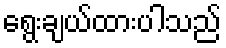
ရွေးချယ်ထားပါသည်